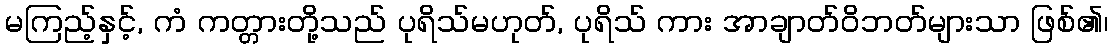
မကြည့်နှင့်, ကံ ကတ္တားတို့သည် ပုရိသ်မဟုတ်, ပုရိသ် ကား အာချာတ်ဝိဘတ်များသာ ဖြစ်၏၊